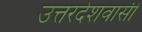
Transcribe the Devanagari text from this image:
उत्तरदेशवासी